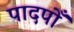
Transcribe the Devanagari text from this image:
पादपोँ